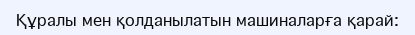
Құралы мен қолданылатын машиналарға қарай: